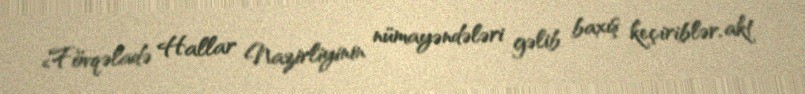
«Fövqəladə Hallar Nazirliyinin nümayəndələri gəlib baxış keçiriblər, akt